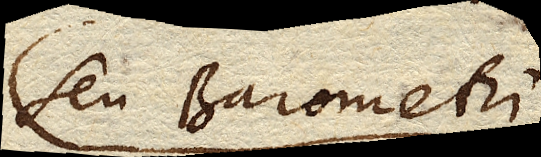
seu Barometri